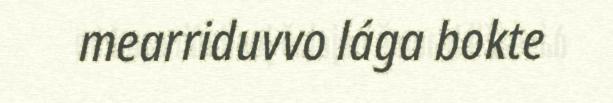
mearriduvvo lága bokte